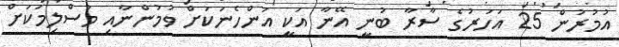
އުމުރުން 25 އަހަރުގެ ސާރާ ބުނީ އޭނާ އަކީ އަންހެނަކަށް ވުމުންނާއި މުސްލިމަކަށް